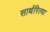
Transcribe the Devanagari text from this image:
सार्थरित्या